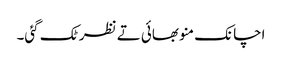
اچانک منو بھائی تے نظر ٹک گئی۔